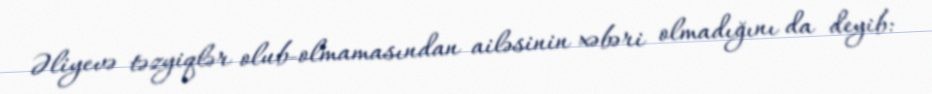
Əliyevə təzyiqlər olub-olmamasından ailəsinin xəbəri olmadığını da deyib: